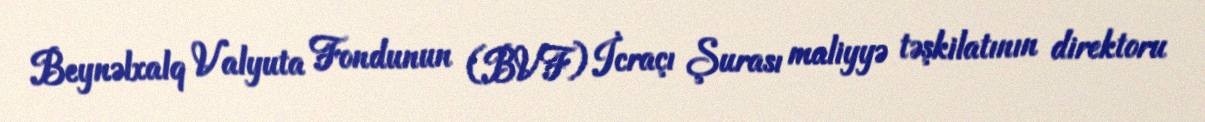
Beynəlxalq Valyuta Fondunun (BVF) İcraçı Şurası maliyyə təşkilatının direktoru